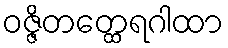
ဝဇ္ဇိတတ္ထေရဂါထာ